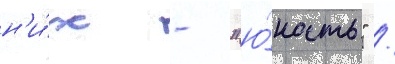
н'и́х - "ю́ность" /